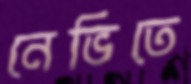
নেভিতে